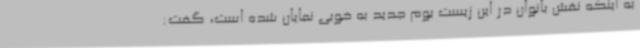
به اینکه نقش بانوان در این زیست بوم جدید به خوبی نمایان شده است، گفت: